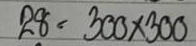
28 = 300x300